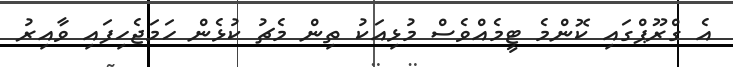
އެ ގްރޫޕްގައި ކޮންމެ ޓީމެއްވެސް މުޅިއަކު ތިން މެޗު ކުޅެން ހަމަޖެހިފައި ވާއިރު